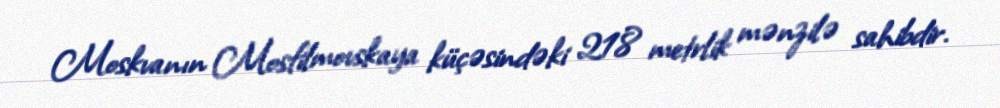
Moskvanın Mosfilmovskaya küçəsindəki 218 metrlik mənzilə sahibdir.